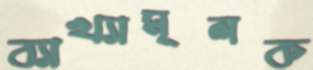
ব্যাখ্যামূলক